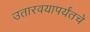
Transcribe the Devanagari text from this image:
उतारवयापर्यंतचे